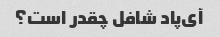
آی‌پاد شافل چقدر است؟